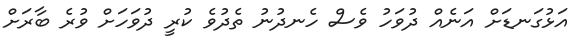
އަޅުގަނޑަށް އަނެއް ދުވަހު ވެސް ހެނދުނު ތެދުވެ ކުރީ ދުވަހަށް ވުރެ ބާރަށް